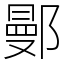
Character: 鄤